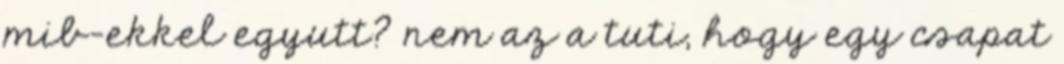
mib-ekkel egyutt? nem az a tuti, hogy egy csapat